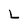
Character: L